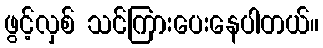
ဖွင့်လှစ် သင်ကြားပေးနေပါတယ်။